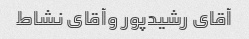
آقای رشیدپور وآقای نشاط